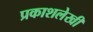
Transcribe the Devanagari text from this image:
प्रकाशलेखी